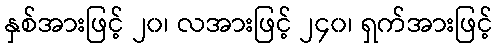
နှစ်အားဖြင့် ၂၀၊ လအားဖြင့် ၂၄၀၊ ရှက်အားဖြင့်